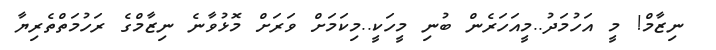
ނިޒާމް! މީ އަހުމަދު..މީއަހަރެން ބުނި މީހަކީ..މިކަމަށް ވަރަށް މޮޅުވާނެ ނިޒާމްގެ ރަހުމަތްތެރިޔާ